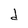
Character: d